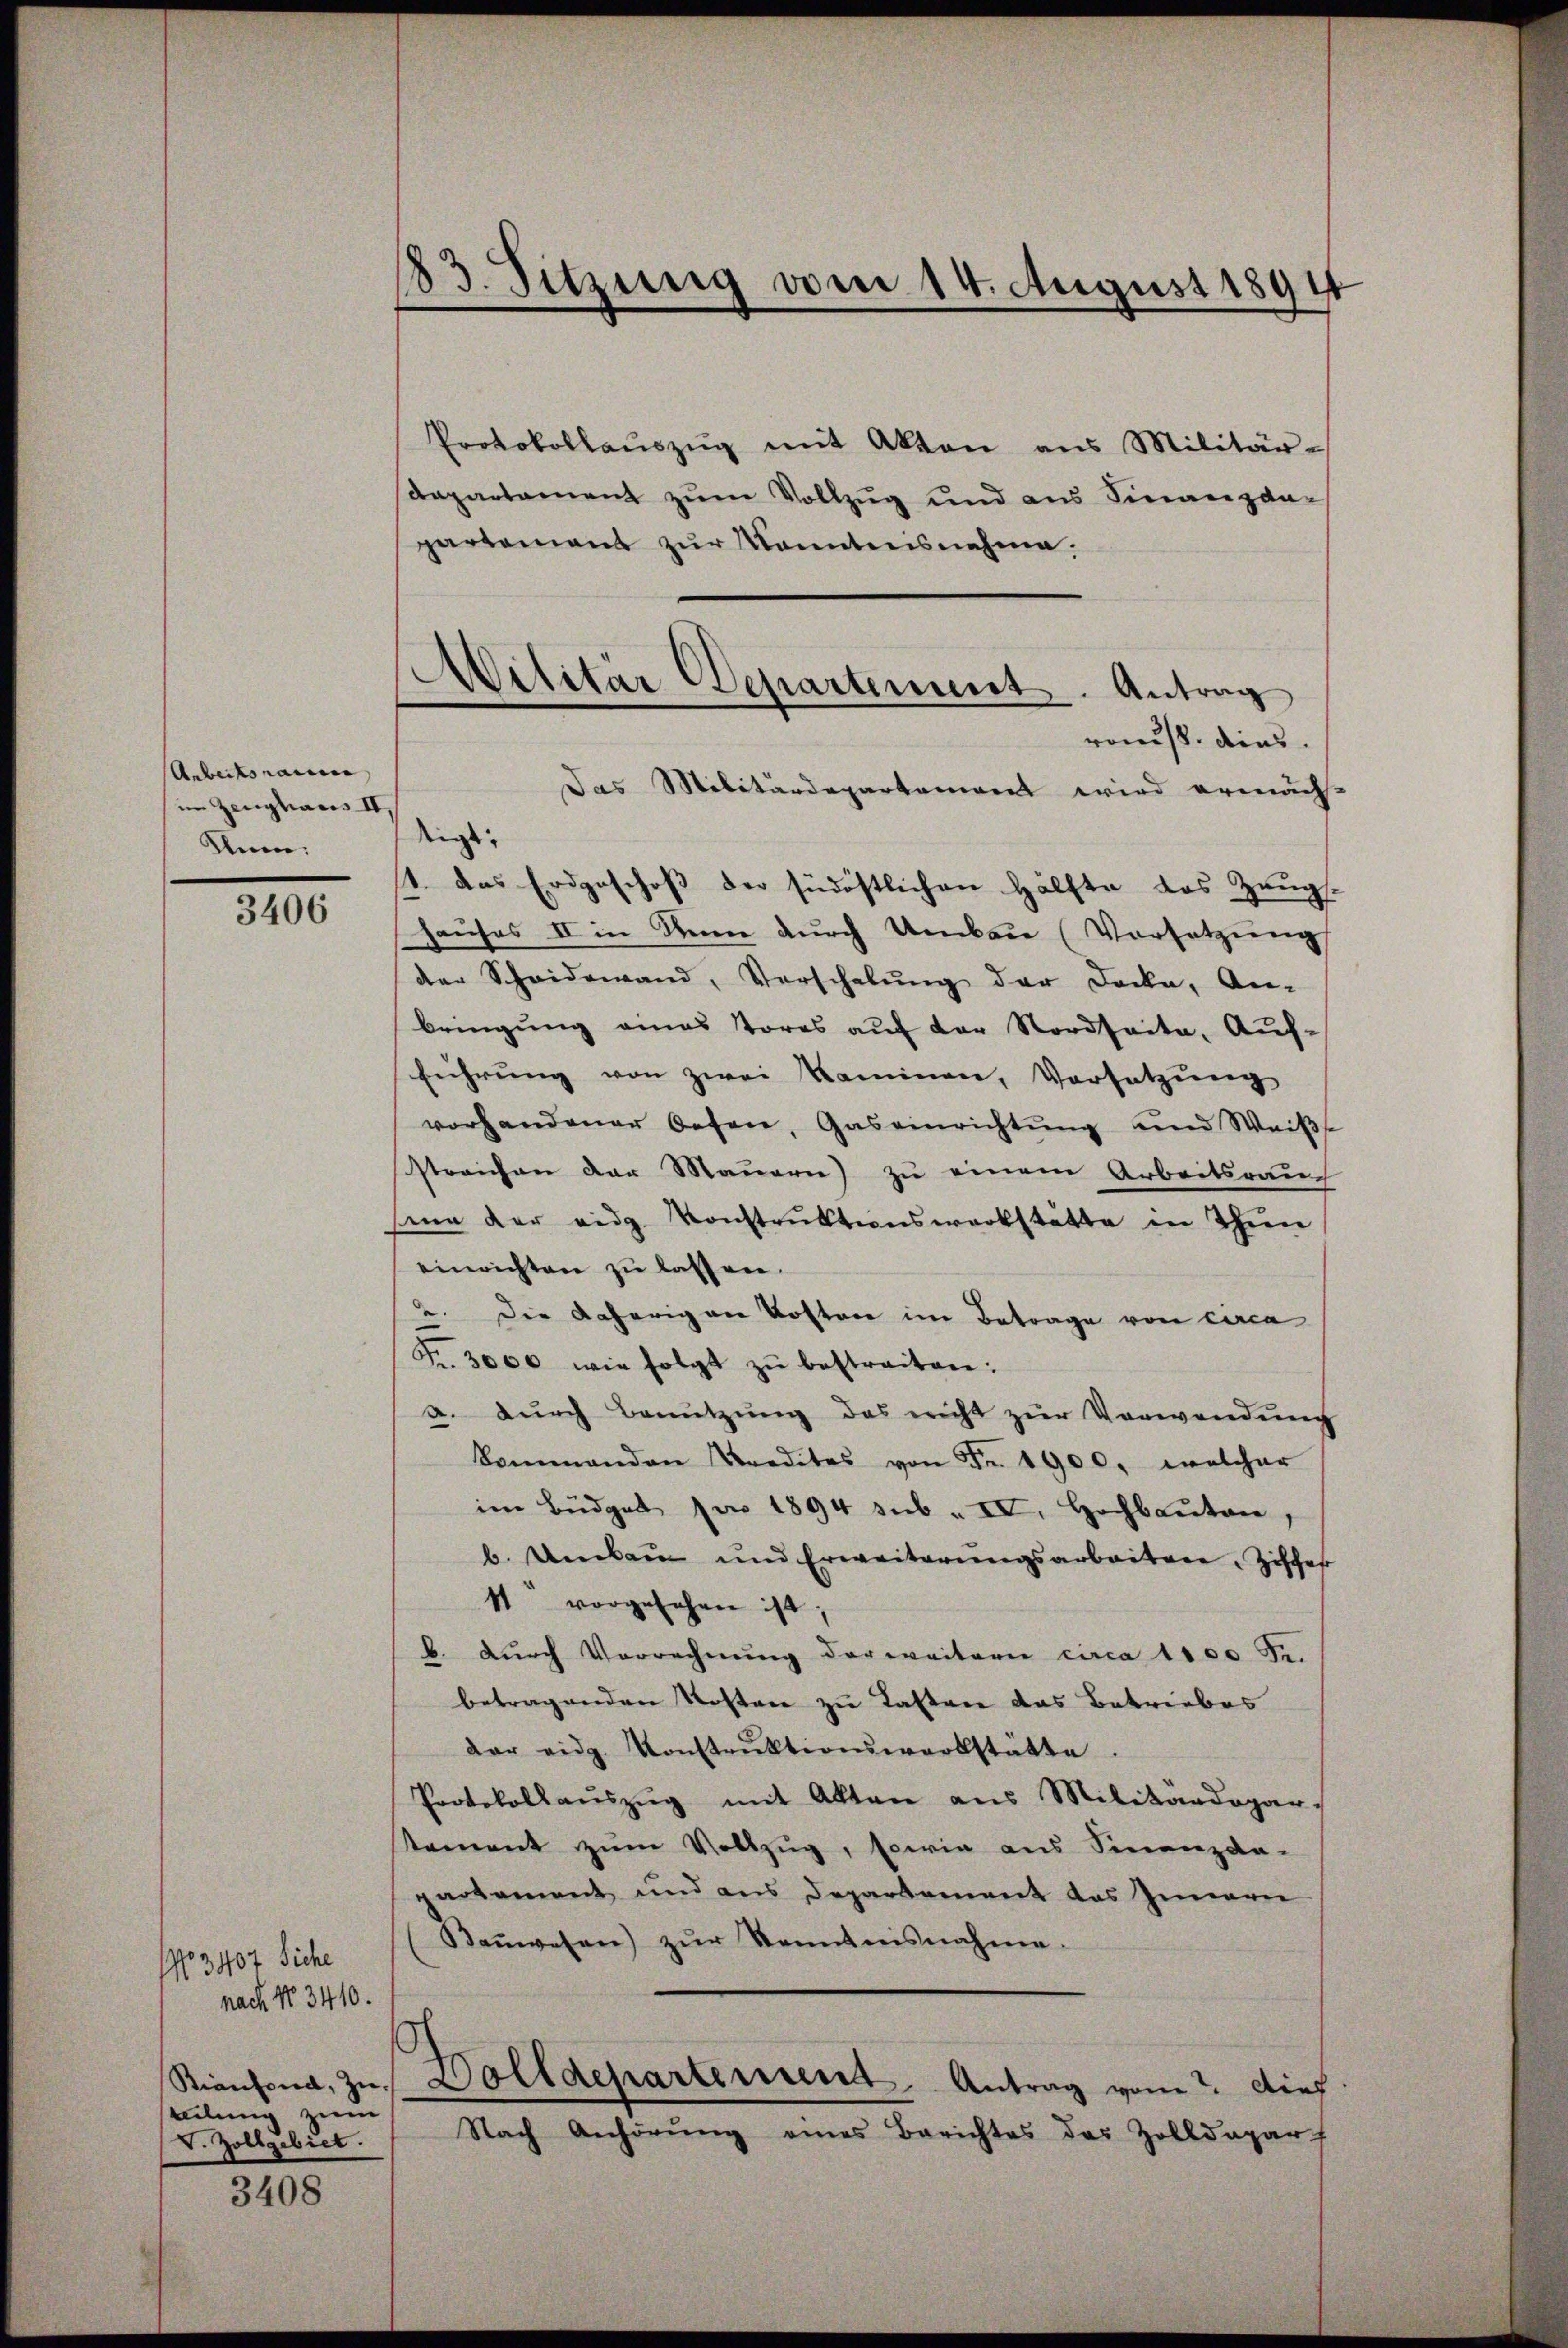
Anbeitsraume,
in Zeughaus II
Kun:

3406

No 3407 Siche
nach No 3410.
Kianfond, zueelung zum
V. Zollgebiet.

3408

183. Sitzung vom 14. August 1894

Protokollaŭszŭg mit Akten aus Militär-
Dapartament zum Vollzug und aus Finanzda-
partement zŭr Kenntnisnehme.
digs
1. Das Erdgeschoß der südöstlichen Hälfte des Zeugs-
hauses II in Sinne durch Umbau (Vorsetzung
der Scheidewand, Vorschabŭng der Decke, An-
bringung eines Tores aŭf der Nordseite, Auf-
führung von zwei Kaminen, Vorsetzung
vorhandener Oefen, Gaseinrichtŭng und Weiβe
streichen der Mauern) zu einem Arbeitsrauc
me der eidg. Konstrŭktionswerkstätte in Thien
einrichten zu lassen.
2. Die daherigen Kosten im Betrage von circa
Fr. 3000 wie folgt zŭ bestreiten:
a. durch Benutzung des nicht zur Verwendung
Sommenden Kreditas von Fr. 1900. welcher
im Büdget pro 1894 sub. IV. Hochbauten,
b. Umbau und Erweiterŭngsarbeiter, Ziffer
11 vorgesehen ist;
b. Durch Vorrechnung der weitern circa 1100 Se.
betragenden Kosten zu Lasten das Betriebes
dar eidg. Konstrŭktionswerkstätte.
Protokollaŭszŭg mit Akten aus Militärdepar-
kament zŭm Vollzŭg, sowie aus Sinenzda-
partement und aus Departement das Innern
Baŭwesen) zŭr Kenntnisnahme.
s
Halldepartement. Antrag vom 2. Dief
Nach Anhörŭng eines Berichtes des Zolldepart

Militär Departement. Antrag
ronus dies
Das Militärdepartement wird ermäch-